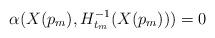
LaTeX: \begin{align*}\alpha(X(p_m),H_{t_m}^{-1}(X(p_m))) = 0\end{align*}